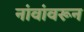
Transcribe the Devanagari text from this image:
नांवांवरून